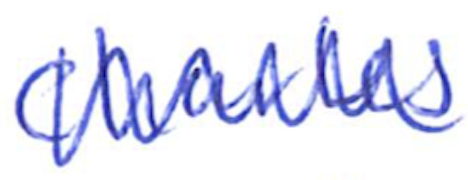
Text: Charles
Cross-out: zig-zag
Writing tool: ballpoint